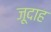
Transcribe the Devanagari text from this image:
जूदाह